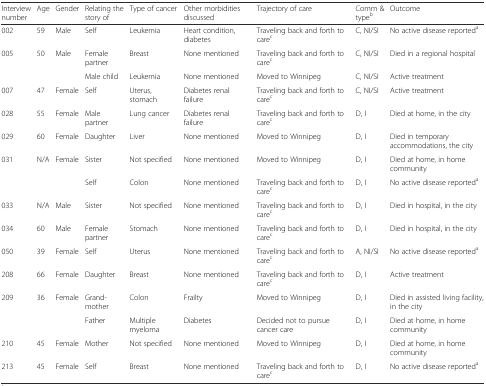
<table><thead><tr><td><b>Interview number</b></td><td><b>Age</b></td><td><b>Gender</b></td><td><b>Relating the story of</b></td><td><b>Type of cancer</b></td><td><b>Other morbidities discussed</b></td><td><b>Trajectory of care</b></td><td><b>Comm &amp; type<sup>b</sup></b></td><td><b>Outcome</b></td></tr></thead><tbody><tr><td>002</td><td>59</td><td>Male</td><td>Self</td><td>Leukemia</td><td>Heart condition, diabetes</td><td>Traveling back and forth to care<sup>c</sup></td><td>C, NI/SI</td><td>No active disease reported<sup>a</sup></td></tr><tr><td rowspan="2">005</td><td rowspan="2">50</td><td rowspan="2">Male</td><td>Female partner</td><td>Breast</td><td>None mentioned</td><td>Traveling back and forth to care<sup>c</sup></td><td>C, NI/SI</td><td>Died in a regional hospital</td></tr><tr><td>Male child</td><td>Leukemia</td><td>None mentioned</td><td>Moved to Winnipeg</td><td>C, NI/SI</td><td>Active treatment</td></tr><tr><td>007</td><td>47</td><td>Female</td><td>Self</td><td>Uterus, stomach</td><td>Diabetes renal failure</td><td>Traveling back and forth to care<sup>c</sup></td><td>C, NI/SI</td><td>Active treatment</td></tr><tr><td>028</td><td>55</td><td>Female</td><td>Male partner</td><td>Lung cancer</td><td>Diabetes renal failure</td><td>Traveling back and forth to care<sup>c</sup></td><td>D, I</td><td>Died at home, in the city</td></tr><tr><td>029</td><td>60</td><td>Female</td><td>Daughter</td><td>Liver</td><td>None mentioned</td><td>Moved to Winnipeg</td><td>D, I</td><td>Died in temporary accommodations, the city</td></tr><tr><td rowspan="2">031</td><td rowspan="2">N/A</td><td rowspan="2">Female</td><td>Sister</td><td>Not specified</td><td>None mentioned</td><td>Moved to Winnipeg</td><td>D, I</td><td>Died at home, in home community</td></tr><tr><td>Self</td><td>Colon</td><td>None mentioned</td><td>Traveling back and forth to care<sup>c</sup></td><td>D, I</td><td>No active disease reported<sup>a</sup></td></tr><tr><td>033</td><td>N/A</td><td>Male</td><td>Sister</td><td>Not specified</td><td>None mentioned</td><td>Traveling back and forth to care<sup>c</sup></td><td>D, I</td><td>Died in hospital, in the city</td></tr><tr><td>034</td><td>60</td><td>Male</td><td>Female partner</td><td>Stomach</td><td>None mentioned</td><td>Traveling back and forth to care<sup>c</sup></td><td>D, I</td><td>Died in hospital, in the city</td></tr><tr><td>050</td><td>39</td><td>Female</td><td>Self</td><td>Uterus</td><td>None mentioned</td><td>Traveling back and forth to care<sup>c</sup></td><td>A, NI/SI</td><td>No active disease reported<sup>a</sup></td></tr><tr><td>208</td><td>66</td><td>Female</td><td>Daughter</td><td>Breast</td><td>None mentioned</td><td>Traveling back and forth to care<sup>c</sup></td><td>D, I</td><td>Active treatment</td></tr><tr><td rowspan="2">209</td><td rowspan="2">36</td><td rowspan="2">Female</td><td>Grand-mother</td><td>Colon</td><td>Frailty</td><td>Moved to Winnipeg</td><td>D, I</td><td>Died in assisted living facility, in the city</td></tr><tr><td>Father</td><td>Multiple myeloma</td><td>Diabetes</td><td>Decided not to pursue cancer care</td><td>D, I</td><td>Died at home, in home community</td></tr><tr><td>210</td><td>45</td><td>Female</td><td>Mother</td><td>Not specified</td><td>None mentioned</td><td>Moved to Winnipeg</td><td>D, I</td><td>Died at home, in home community</td></tr><tr><td>213</td><td>45</td><td>Female</td><td>Self</td><td>Breast</td><td>None mentioned</td><td>Traveling back and forth to care<sup>c</sup></td><td>D, I</td><td>No active disease reported<sup>a</sup></td></tr></tbody></table>